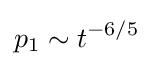
p_{1}\sim t^{-6/5}